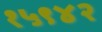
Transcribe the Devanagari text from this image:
१५९४२